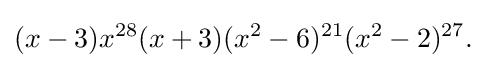
(x-3)x^{28}(x+3)(x^{2}-6)^{21}(x^{2}-2)^{27}.\